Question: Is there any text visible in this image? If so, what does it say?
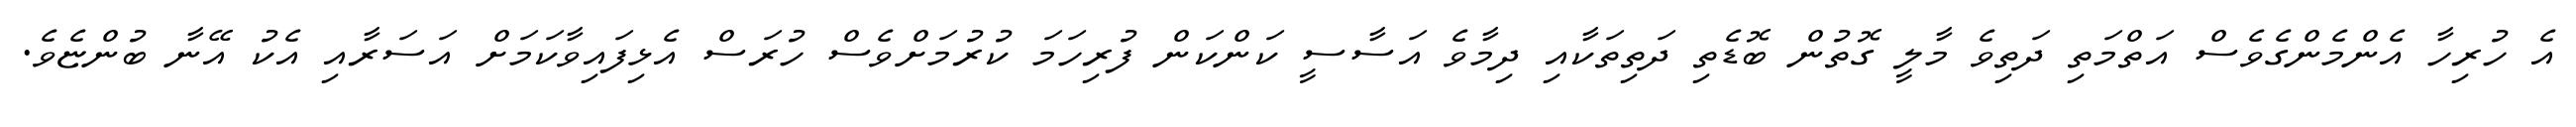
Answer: އެ ހުރިހާ އެންމެންގެވެސް އަތްމަތި ދަތިވެ މާލީ ގޮތުން ބޮޑެތި ދަތިތަކާއި ދިމާވެ އަސާސީ ކަންކަން ފުރިހަމަ ކުރުމަށްވެސް ހުރަސް އެޅިފައިވާކަމަށް އަސަރާއި އެކު އޭނާ ބުންޏެވެ.